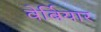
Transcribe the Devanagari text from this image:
वेर्बियार